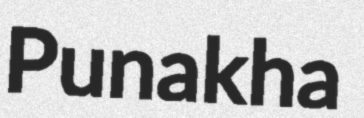
Punakha